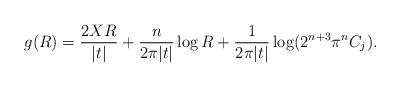
LaTeX: \begin{align*} g ( R ) = \frac { 2 X R } { | t | } + \frac n { 2 \pi | t | } \log R + \frac 1 { 2 \pi | t | } \log ( 2 ^ { n + 3 } \pi ^ n C _ j ) .\end{align*}